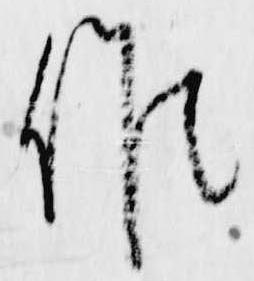
候